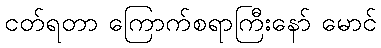
ငတ်ရတာ ကြောက်စရာကြီးနော် မောင်